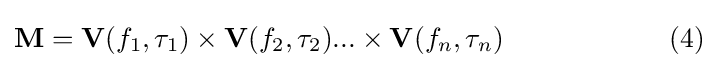
\mathbf {M} =\mathbf {V} (f_{1},\tau _{1})\times \mathbf {V} (f_{2},\tau _{2})...\times \mathbf {V} (f_{n},\tau _{n})\qquad \qquad \qquad (4)